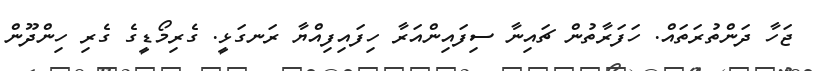
ޖަހާ ދަންތުރަތައް. ހަފަރާތުން ޗައިނާ ސިފައިންއަރާ ހިފައިފިއްޔާ ރަނގަޅީ. ގެރިމޯޑީގެ ގެރި ހިންދޫން